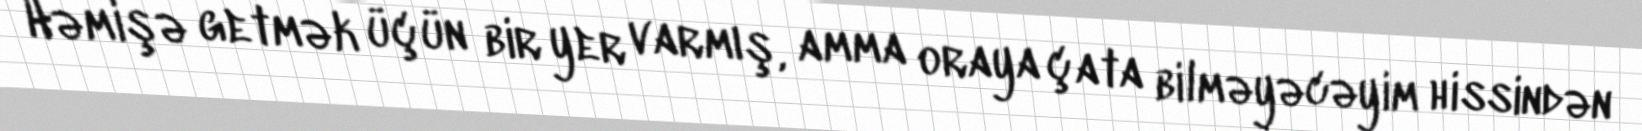
Həmişə getmək üçün bir yer varmış, amma oraya çata bilməyəcəyim hissindən